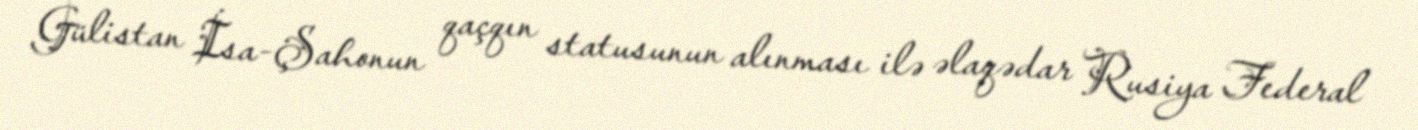
Gülistan İsa-Şahonun qaçqın statusunun alınması ilə əlaqədar Rusiya Federal